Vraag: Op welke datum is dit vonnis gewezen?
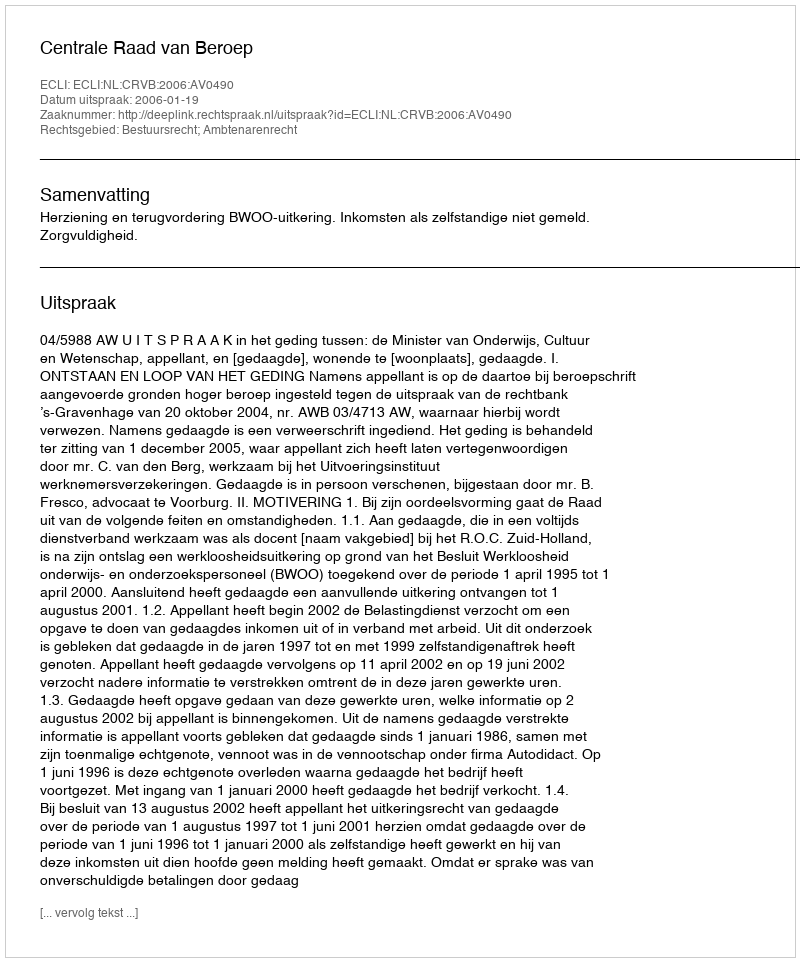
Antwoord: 2006-01-19